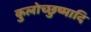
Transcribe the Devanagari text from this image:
कुलोच्छुष्मादि